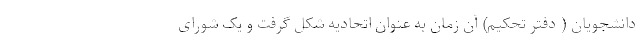
دانشجویان ( دفتر تحکیم) آن زمان به عنوان اتحادیه شکل گرفت و یک شورای